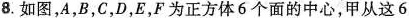
8.如图，A，B，C，D，E，F为正方体6个面的中心，甲从这6